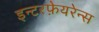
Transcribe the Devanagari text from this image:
इन्टरफ़ेयरेन्स